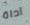
آداة